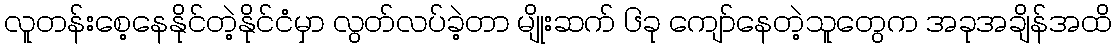
လူတန်းစေ့နေနိုင်တဲ့နိုင်ငံမှာ လွတ်လပ်ခဲ့တာ မျိုးဆက် ၆ခု ကျော်နေတဲ့သူတွေက အခုအချိန်အထိ